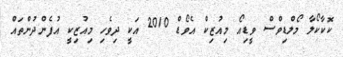
ކޮކާކޯލާ މޯލްޑިވްސް ވީޑިއޯ މިއުޒިކް އެވޯޑް 2010 އަކީ ދިވެހި މިއުޒިކީ އުފެންދުންތައް